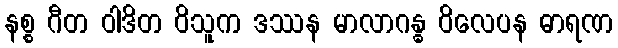
နစ္စ ဂီတ ဝါဒိတ ဝိသူက ဒဿန မာလာဂန္ဓ ဝိလေပန ဓာရဏ